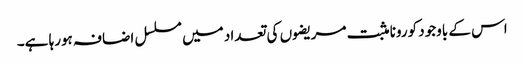
اس کے باوجود کورونا مثبت مریضوں کی تعداد میں مسلسل اضافہ ہورہا ہے۔